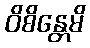
ဝိစိန္တေမိ